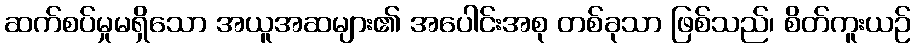
ဆက်စပ်မှုမရှိသော အယူအဆများ၏ အပေါင်းအစု တစ်ခုသာ ဖြစ်သည်၊ စိတ်ကူးယဉ်